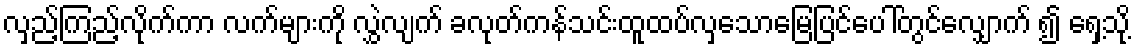
လှည့်ကြည့်လိုက်ကာ လက်များကို လွှဲလျက် ခလုတ်ကန်သင်းထူထပ်လှသောမြေပြင်ပေါ်တွင်လျှောက် ၍ ရှေ့သို့